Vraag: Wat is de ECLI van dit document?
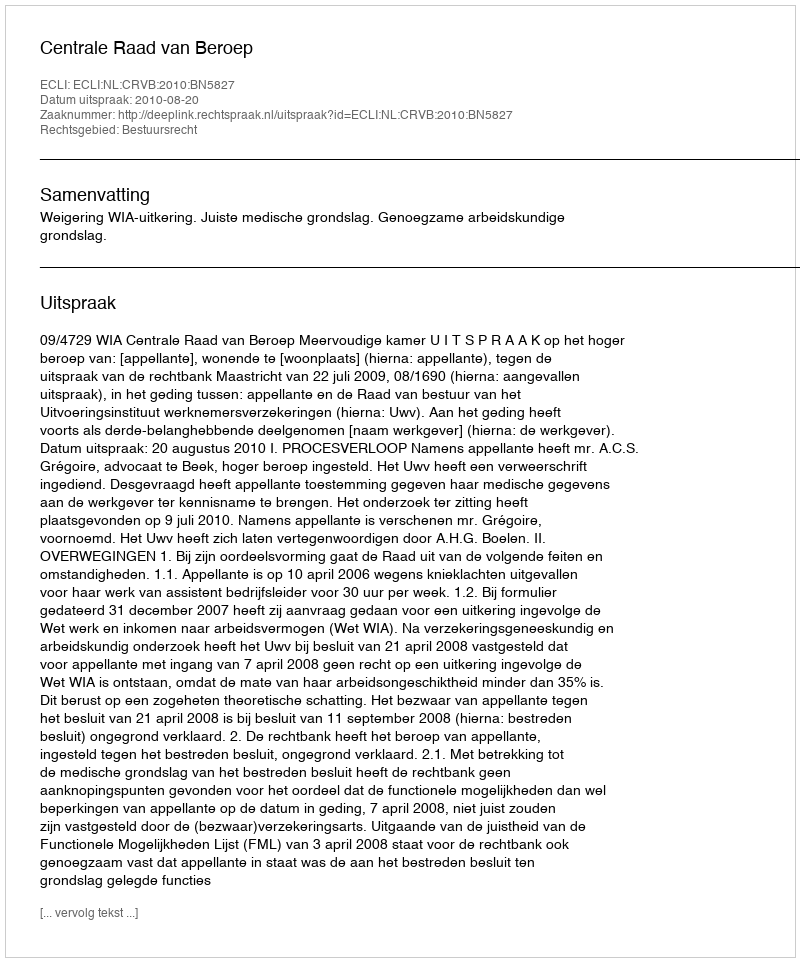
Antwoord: ECLI:NL:CRVB:2010:BN5827